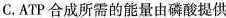
C.ATP合成所需的能量由磷酸提供